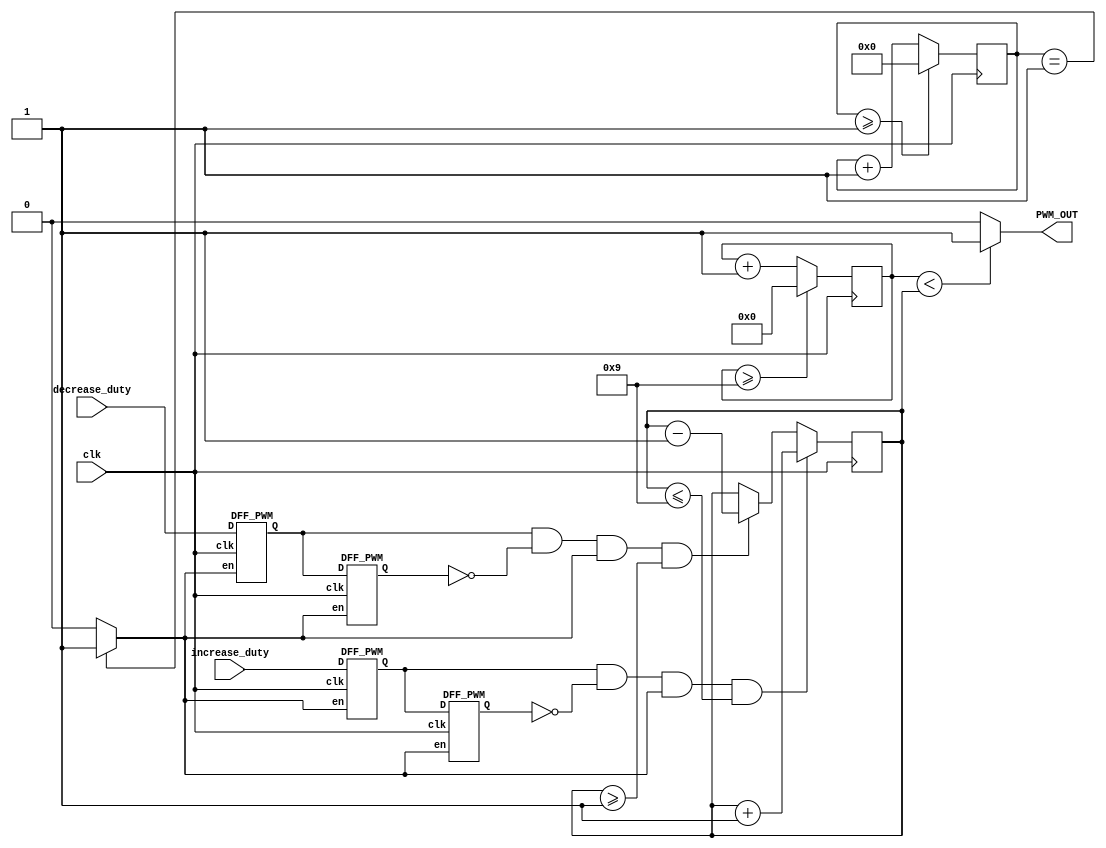
module PWM_Generator(clk, increase_duty, decrease_duty, PWM_OUT);
input clk,increase_duty,decrease_duty;
output PWM_OUT;
wire slow_clk_enable; 
reg[27:0] counter_debounce=0;
wire tmp1,tmp2,duty_inc;
wire tmp3,tmp4,duty_dec;
reg[3:0] counter_PWM=0;
reg[3:0] DUTY_CYCLE=5;
always @(posedge clk)
begin
counter_debounce <= counter_debounce + 1;
if(counter_debounce>=1)
counter_debounce <= 0;
end
assign slow_clk_enable = counter_debounce == 1 ?1:0;
DFF_PWM PWM_DFF1(clk,slow_clk_enable,increase_duty,tmp1);
DFF_PWM PWM_DFF2(clk,slow_clk_enable,tmp1, tmp2);
assign duty_inc = tmp1 & (~ tmp2) & slow_clk_enable;
DFF_PWM PWM_DFF3(clk,slow_clk_enable,decrease_duty, tmp3);
DFF_PWM PWM_DFF4(clk,slow_clk_enable,tmp3, tmp4);
assign duty_dec = tmp3 & (~ tmp4) & slow_clk_enable;
always @(posedge clk)
begin
if(duty_inc==1 && DUTY_CYCLE <= 9)
DUTY_CYCLE <= DUTY_CYCLE + 1;
else if(duty_dec==1 && DUTY_CYCLE>=1)
DUTY_CYCLE <= DUTY_CYCLE - 1;
end
always @(posedge clk)
begin
counter_PWM <= counter_PWM + 1;
if(counter_PWM>=9)
counter_PWM <= 0;
end
assign PWM_OUT = counter_PWM < DUTY_CYCLE ? 1:0;
endmodule


module DFF_PWM(clk,en,D,Q);
input clk,en,D;
output reg Q;
always @(posedge clk)
begin
if(en==1) 
Q <= D;
end
endmodule